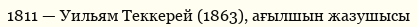
1811 — Уильям Теккерей (1863), ағылшын жазушысы